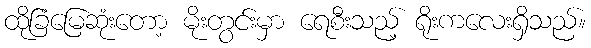
ထိုခြံမြေဆုံးတော့ မိုးတွင်းမှာ ရေစီးသည့် ရိုးကလေးရှိသည်။